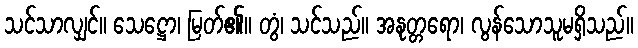
သင်သာလျှင်။ သေဋ္ဌော၊ မြတ်၏။ တွံ၊ သင်သည်။ အနုတ္တရော၊ လွန်သောသူမရှိသည်။